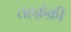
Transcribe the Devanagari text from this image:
तहक़ेक़ी